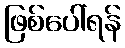
ဖြစ်ပေါ်ရန်